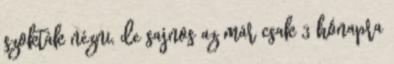
szokták nézni, de sajnos az már csak 3 hónapra